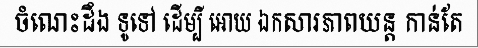
ចំណេះដឹង ទូទៅ ដើម្បី អោយ ឯកសារភាពយន្ត កាន់តែ